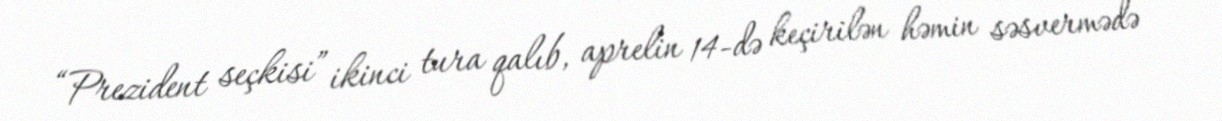
“Prezident seçkisi” ikinci tura qalıb, aprelin 14-də keçirilən həmin səsvermədə